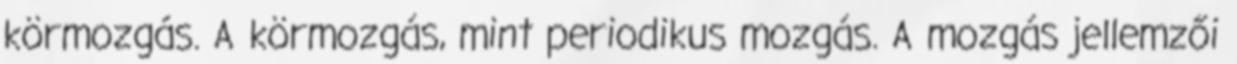
körmozgás. A körmozgás, mint periodikus mozgás. A mozgás jellemzői